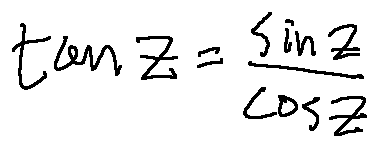
\tan z = \frac { \sin z } { \cos z }